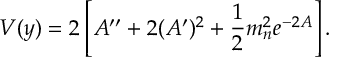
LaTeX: V ( y ) = 2 \left[ A ^ { \prime \prime } + 2 ( A ^ { \prime } ) ^ { 2 } + { \frac { 1 } { 2 } } m _ { n } ^ { 2 } e ^ { - 2 A } \right] .